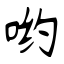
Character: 哟